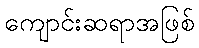
ကျောင်းဆရာအဖြစ်